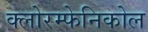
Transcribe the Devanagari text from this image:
क्लोरम्फेनिकोल